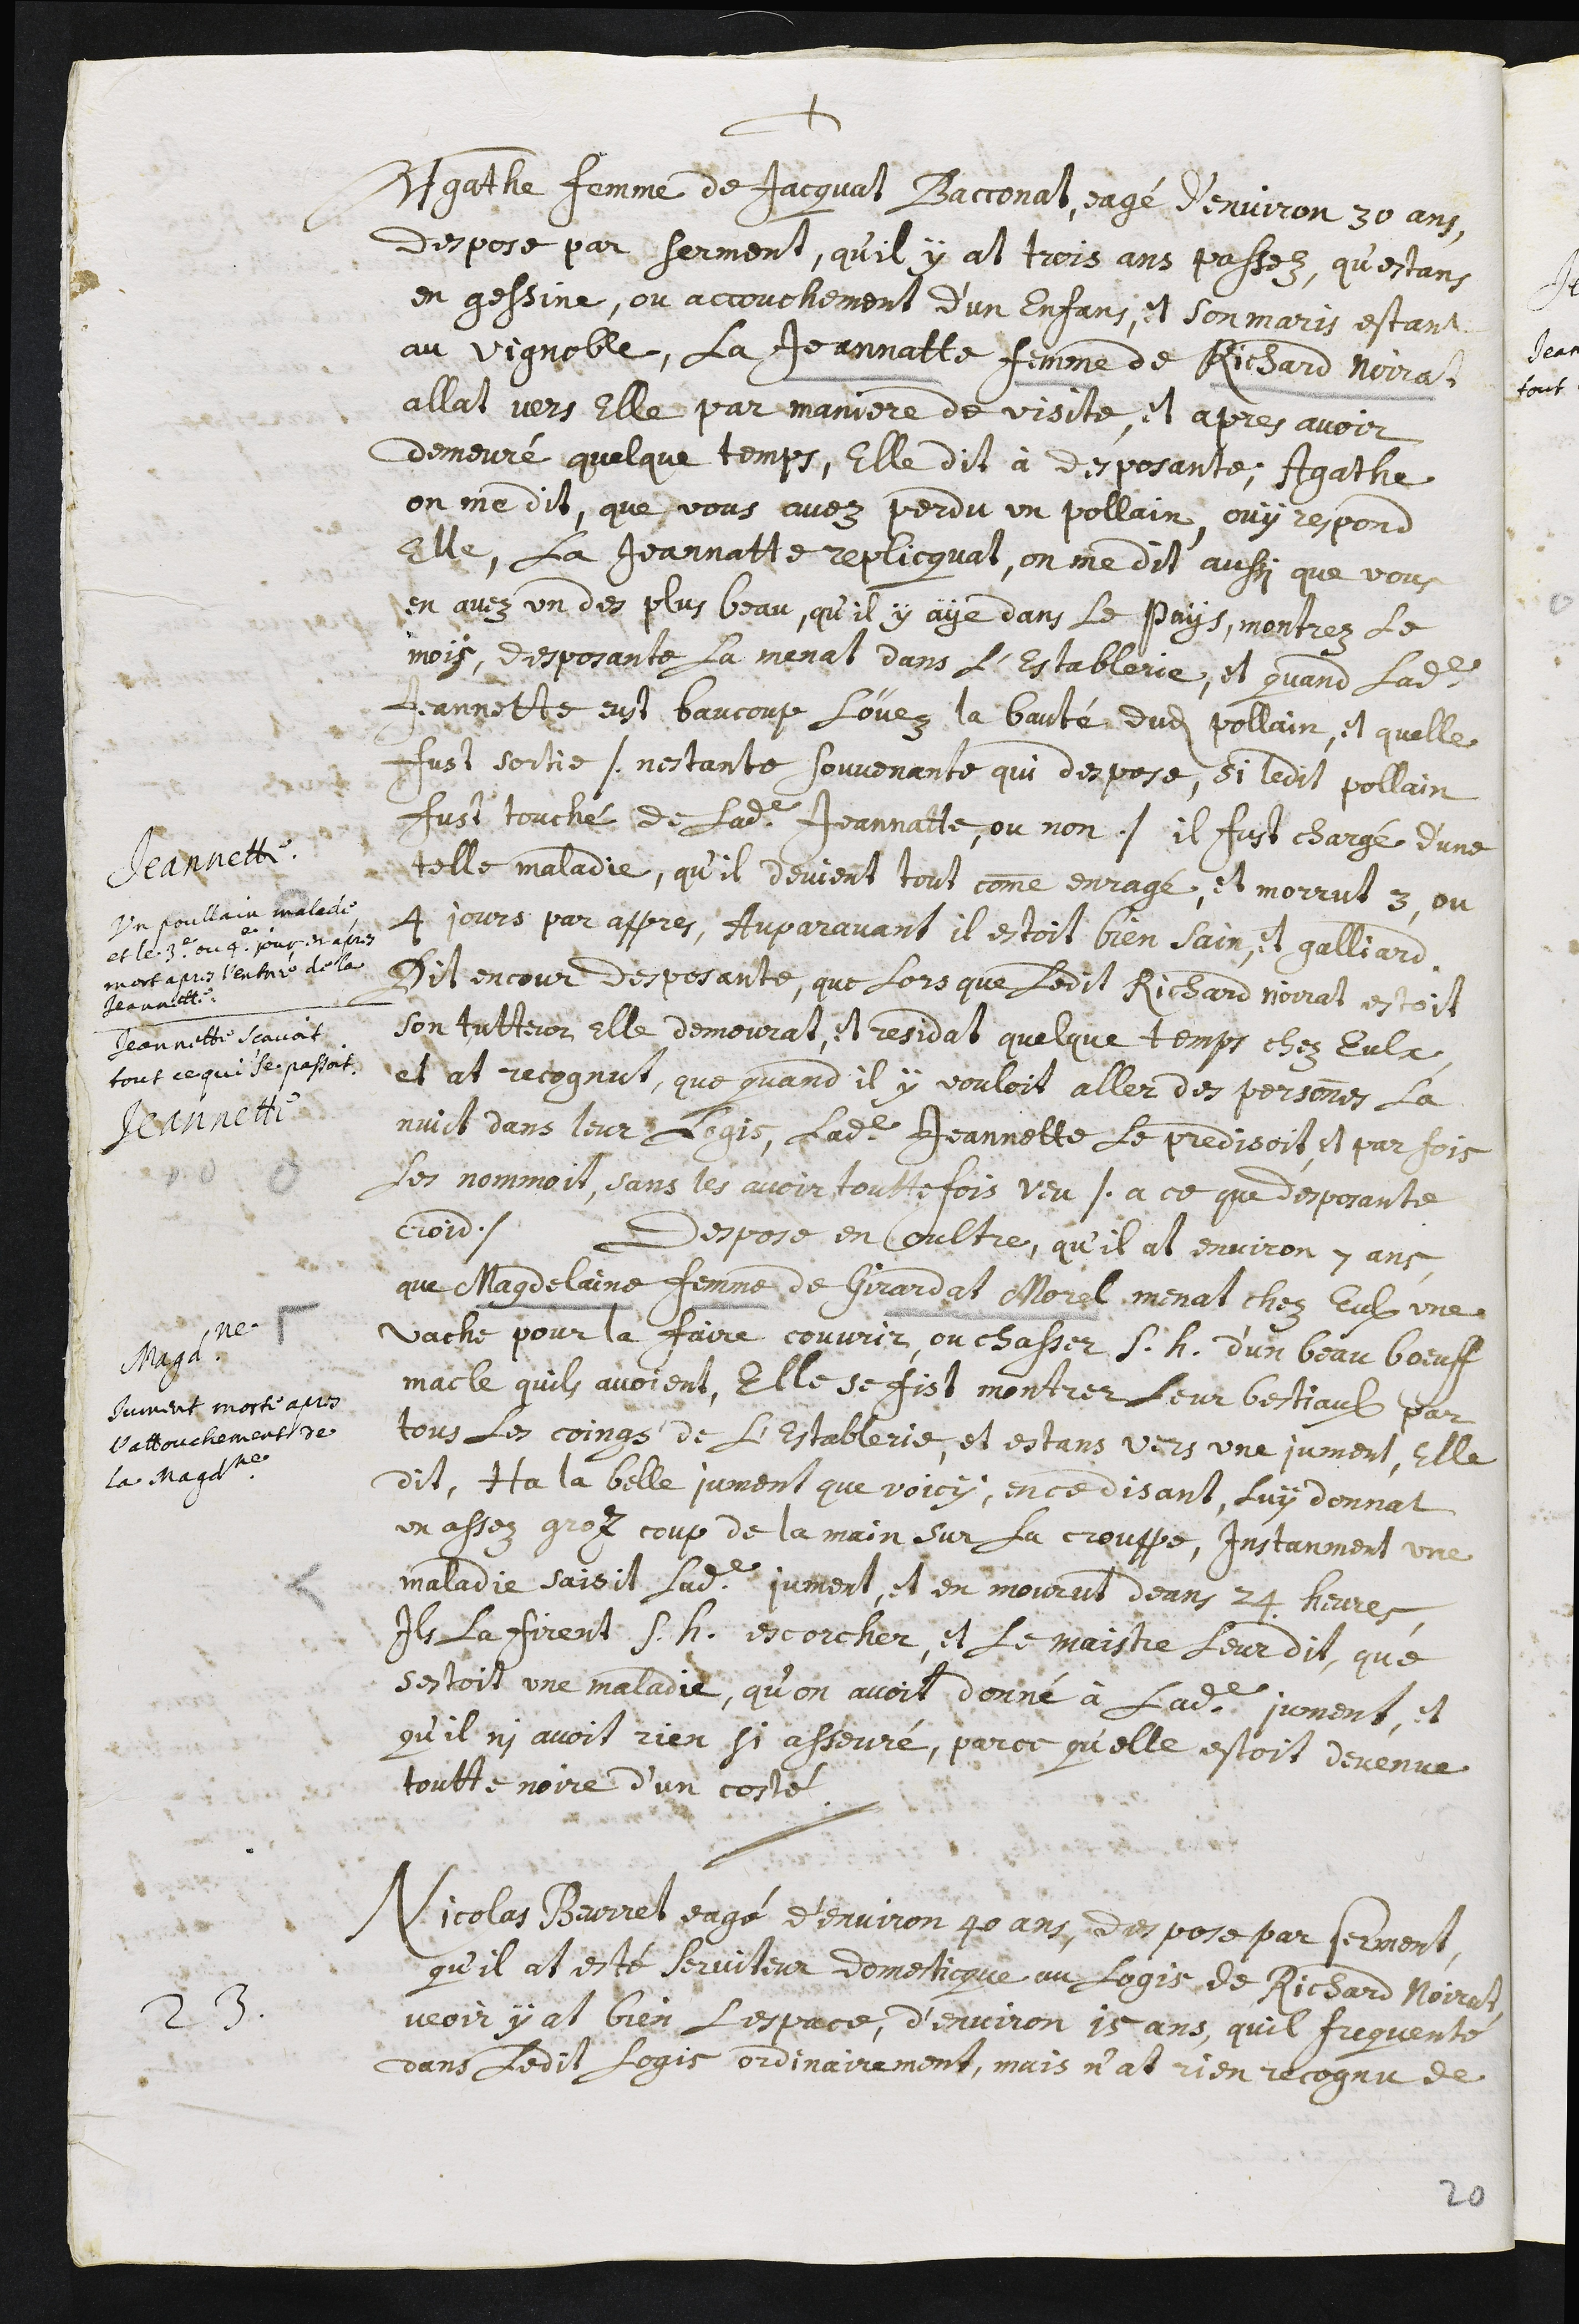
+
Agathe femme de Jacquat Bacconat, eagé d’environ 30 ans,
despose par serment, qu’il y at trois ans passez, qu’estans
en gessine, ou accouchement d’un enfans, et son maris estant
au vignoble, la Jeannatte femme de Richard Noirat
allat vers elle par manière de visite. Et apres avoir
demeuré quelque temps, elle dit à desposante ; Agathe,
on me dit, que vous avez perdu un pollain, ouy respond
elle, la Jeannatte replicquat, on me dit aussi que vous
en avez un des plus beau, qu’il y aye dans le pays, montrez le
mois,
Jeannette.
Un poullain malade et
le 3.e ou 4.e jour en apres
 mort apres l'entrée de la
Jeannette.
Deposante la menat dans l’establerie, et quand ladite
Jeannette eust baucoup louez la bauté dudit pollain, et qu’elle
fust sortie /. n’estante souvenante qui despose, si ledit pollain
fust touché de ladite Jeannatte, ou non ./ il fust chargé d’une
telle maladie, qu’il devient tout comme enragé, et morrut 3, ou
4 jours par appres. Auparavant, il estoit bien sain, et galliard.
Jeannette sçavoit tout
ce qui se passoit.
Jeannette
Dit encour desposante, que lors que ledit Richard Noirat estoit
son tutteur elle demeurat, et residat quelque temps chez eulx,
et at recognut, que quand il y vouloit aller des personnes la
nuict dans leur logis, ladite Jeannette le predisoit, et par fois
les nommoit, sans les avoir touttefois veu /. a ce que desposante
croid ./
Magdeleine
Jument morte apres
l’attouchement de
la Magdeleine
Despose en oultre, qu’il at environ 7 ans,
que Magdelaine femme de Girardat Morel menat chez eulx une
vache pour la faire couvrir, ou chasser s.h. d’un beau boeuff
macle qu’ils avoient, elle se fist montrer leur bestiaulx par
tous les coings de l’establerie, et estans vers une jument, elle
dit, Ha la belle jument que voicy, en ce disant, luy donnat
un assez groz coup de la main sur la crouppe. Instanment une
maladie saisit ladite jument, et en mourut dans 24 heures.
Ils la firent s.h. escorcher, et le maistre leur dit, que
s’estoit une maladie, qu’on avoit donné à ladite jument, et
qu’il n’y avoit rien si asseuré, parce qu’elle estoit devenue
toutte noire d’un costé.
23. Nicolas Beurret eagé d’environ 40 ans, despose par serment,
qu’il a esté serviteur domesticque au logis de Richard Noirat.
Veoir y at bien l’espace d’environ 15 ans, qu’il frequente
dans ledit logis ordinairement, mais n’as rien recognu de